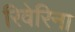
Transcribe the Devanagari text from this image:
रिवेरिना